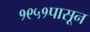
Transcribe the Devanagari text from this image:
१९५१पासून